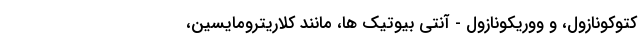
کتوکونازول، و ووریکونازول - آنتی بیوتیک ها، مانند کلاریترومایسین،